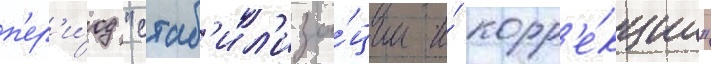
п'ер'и́од "стаб'ил'иза́ции и́ корр'е́кции"